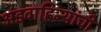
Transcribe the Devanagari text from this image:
अंडवाहिन्यांची